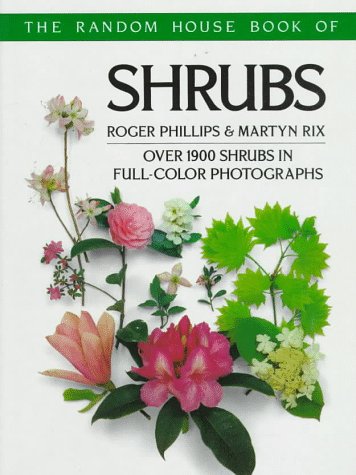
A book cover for The Random House Book of Shrubs; Roger Phillips; Crafts, Hobbies & Home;